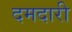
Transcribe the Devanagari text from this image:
दमदारी